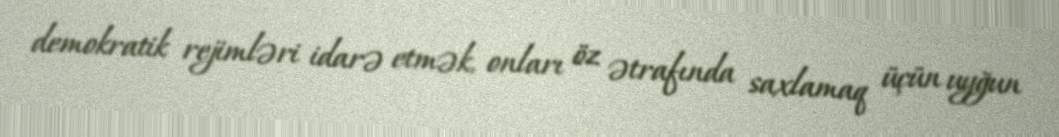
demokratik rejimləri idarə etmək, onları öz ətrafında saxlamaq üçün uyğun